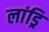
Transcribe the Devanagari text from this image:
लांड्रि